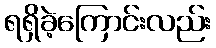
ရရှိခဲ့ကြောင်းလည်း